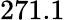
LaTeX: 271.1